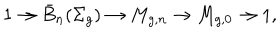
LaTeX: 1 \to \bar { B } _ { n } ( \Sigma _ { g } ) \to M _ { g , n } \to M _ { g , 0 } \to 1 ,